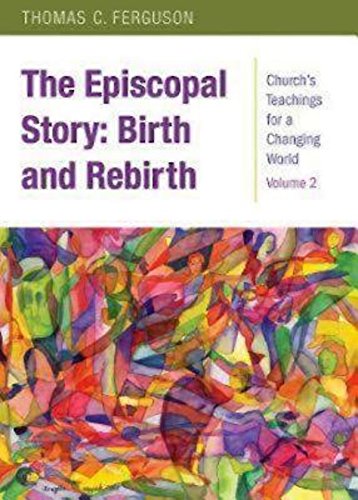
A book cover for The Episcopal Story: Birth and Rebirth: Church's Teachings for a Changing World: Volume 2; Thomas Ferguson; Christian Books & Bibles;